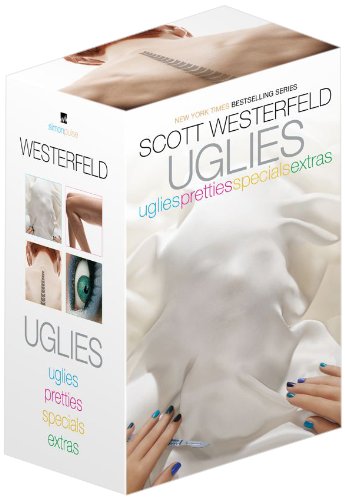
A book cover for Uglies: Uglies; Pretties; Specials; Extras; Scott Westerfeld; Teen & Young Adult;